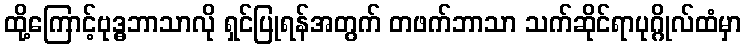
ထို့ကြောင့်ဗုဒ္ဓဘာသာလို ရှင်ပြုရန်အတွက် တဖက်ဘာသာ သက်ဆိုင်ရာပုဂ္ဂိုလ်ထံမှာ